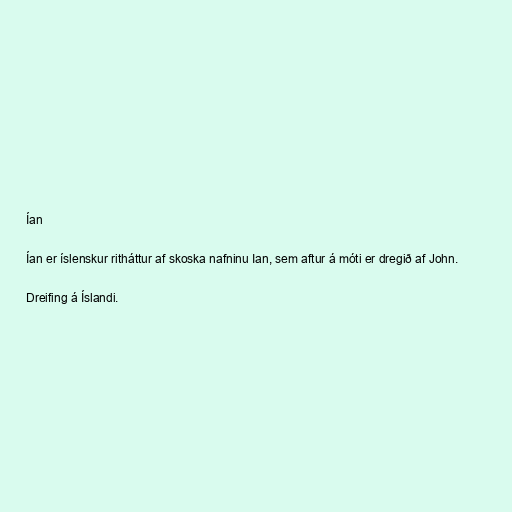
Ían

Ían er íslenskur ritháttur af skoska nafninu Ian, sem aftur á móti er dregið af John.

Dreifing á Íslandi.